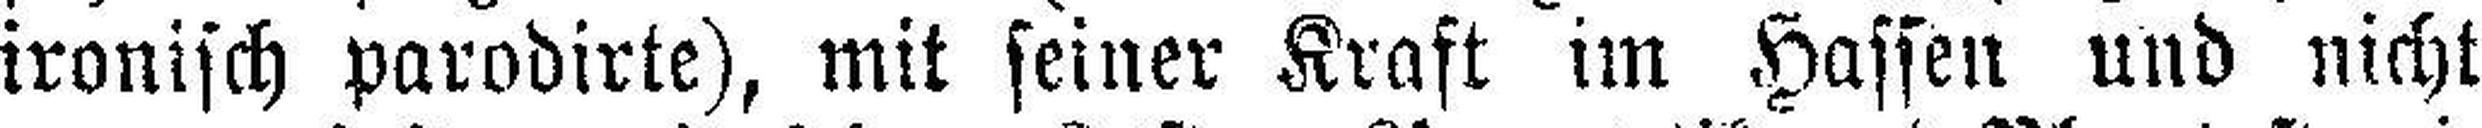
ironisch parodirte), mit seiner Kraft im Hassen und nicht